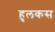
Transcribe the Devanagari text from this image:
हुलकस